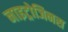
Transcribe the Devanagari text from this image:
नाइट्रोजिनस